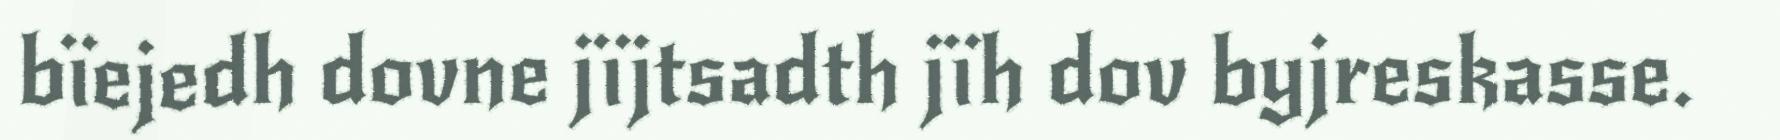
bïejedh dovne jïjtsadth jïh dov byjreskasse.